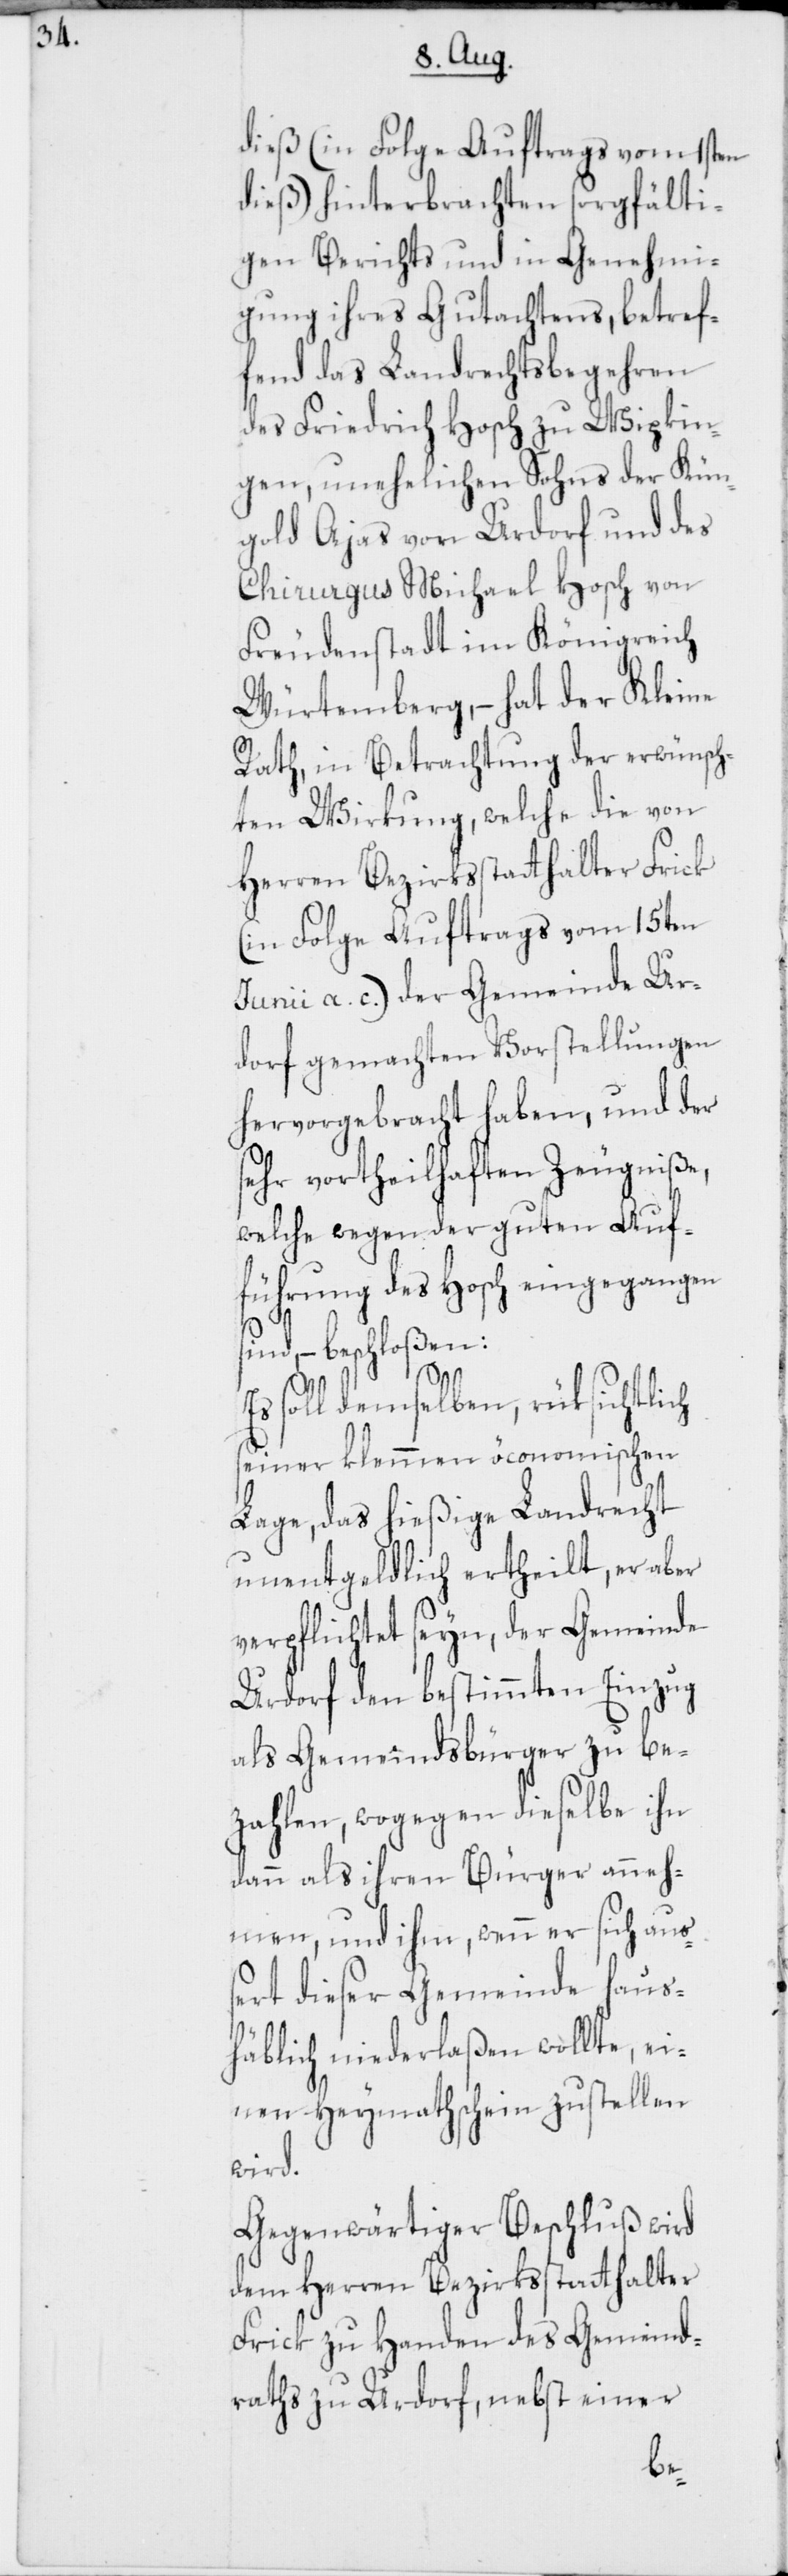
dieß (in Folge Auftrags vom 1sten
dieß) hinterbrachten sorgfälti¬
gen Berichts und in Genehmi¬
gung ihres Gutachtens, betref¬
fend das Landrechtsbegehren
des Friedrich Hosch zu Wipkin¬
gen, unehelichen Sohns der Kün¬
gold Ajas von Urdorf und des
Chirurgus Michael Hosch von
Freudenstadt im Königreich
Würtemberg, – hat der Kleine
Rath, in Betrachtung der erwünsch¬
ten Wirkung, welche die von
Herren Bezirksstatthalter Frick
(in Folge Auftrags vom 15ten
Junii a. c.) der Gemeinde Ur¬
dorf gemachten Vorstellungen
hervorgebracht haben, und der
sehr vortheilhaften Zeugniße,
welche wegen der guten Auf¬
führung des Hosch eingegangen
sind, – beschloßen:
Es soll demselben, rüksichtlich
seiner klemmen öconomischen
Lage, das hießige Landrecht
unentgeldlich ertheilt, er aber
verpflichtet seyn, der Gemeinde
Urdorf den bestimmten Einzug
als Gemeindsbürger zu be¬
zahlen, wogegen dieselbe ihn
dann als ihren Bürger anneh¬
men, und ihm, wenn er sich au¬
ßert dieser Gemeinde haus¬
häblich niederlaßen wollte, ei¬
nen Heymathschein zustellen
wird.
Gegenwärtiger Beschluß wird
dem Herren Bezirksstatthalter
Frick zu Handen des Gemeind¬
raths zu Urdorf, nebst einer